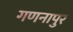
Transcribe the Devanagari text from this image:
गणनापुर